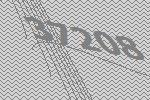
37208